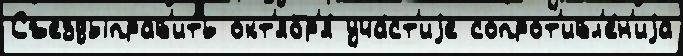
Съездыправ'ить окт'ябр'я́ уча́ст'иjе сопрот'ивл'е́н'иjа